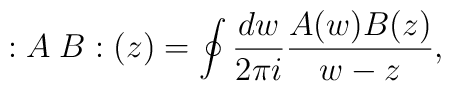
:A\;B:(z)=\oint{dw\over 2\pi i}{A(w)B(z)\over w-z},